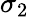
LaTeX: \sigma_{2}